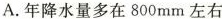
A.年降水量多在800mm左右